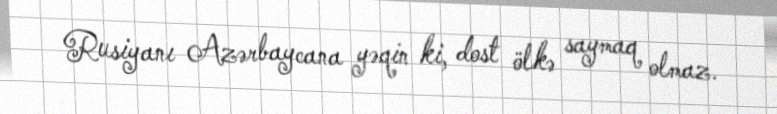
Rusiyanı Azərbaycana yəqin ki, dost ölkə saymaq olmaz.